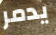
يدمر